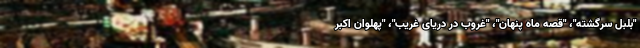
"بلبل سرگشته"، "قصه ماه پنهان"، "غروب در دریای غریب"، "پهلوان اکبر